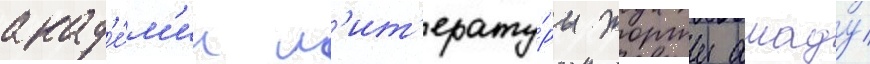
акад'е́м'ии л'ит'ерату́ры жоржи амаду